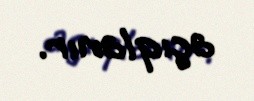
açıqlanır.